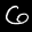
Label: 6